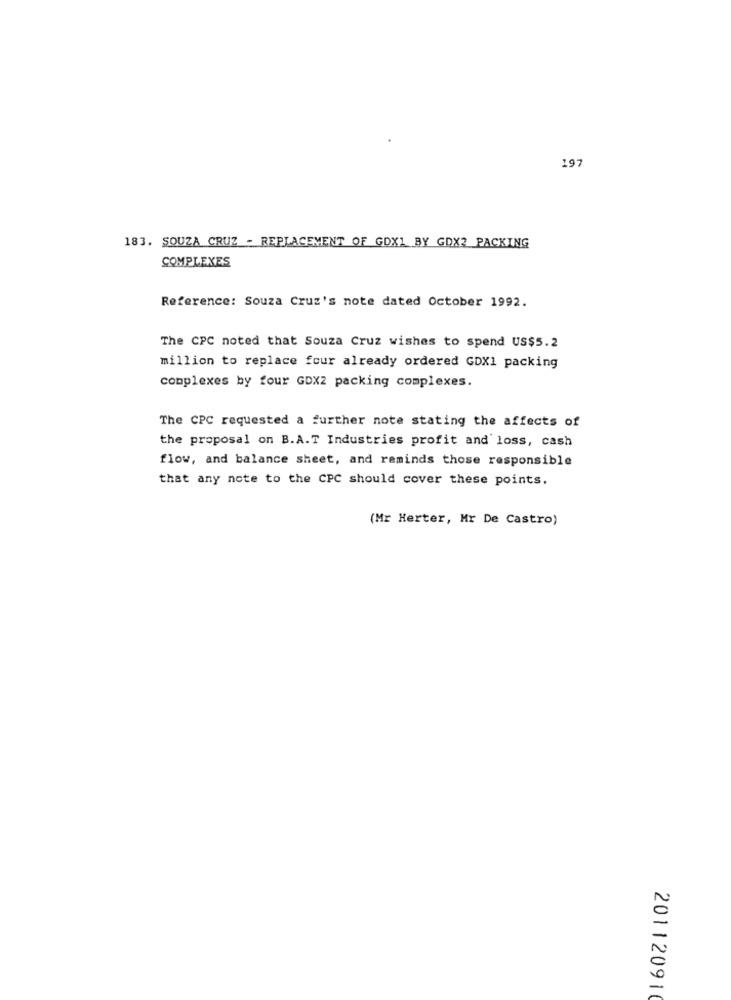
197
183. SOUZA CRUZ - REPLACEMENT OF GDX1 BY GDX2 PACKING
COMPLEXES
Reference: Souza Cruz's note dated October 1992.
The CPC noted that Souza Cruz wishes to spend US$5.2
million to replace fcur already ordered GDX1 packing
complexes by four GDX2 packing complexes.
The CPC requested a further note stating the affects of
the proposal on B.A.T Industries profit and loss, cash
flow, and balance sheet, and reminds those responsible
that any note to the CPC should cover these points.
(Mr Herter, Hr De Castro)
20112091